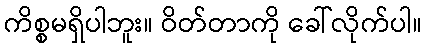
ကိစ္စမရှိပါဘူး။ ဝိတ်တာကို ခေါ်လိုက်ပါ။